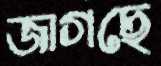
জাগছে